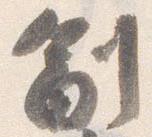
副